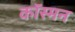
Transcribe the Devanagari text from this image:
कॉस्मन